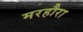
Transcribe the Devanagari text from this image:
मरहौरा